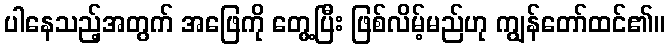
ပါနေသည့်အတွက် အဖြေကို တွေ့ပြီး ဖြစ်လိမ့်မည်ဟု ကျွန်တော်ထင်၏။